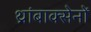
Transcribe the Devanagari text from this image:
थ्रांबाक्सेनों